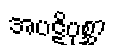
အပဋိပုစ္ဆာ